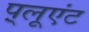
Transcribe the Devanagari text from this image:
प़्लूएंट